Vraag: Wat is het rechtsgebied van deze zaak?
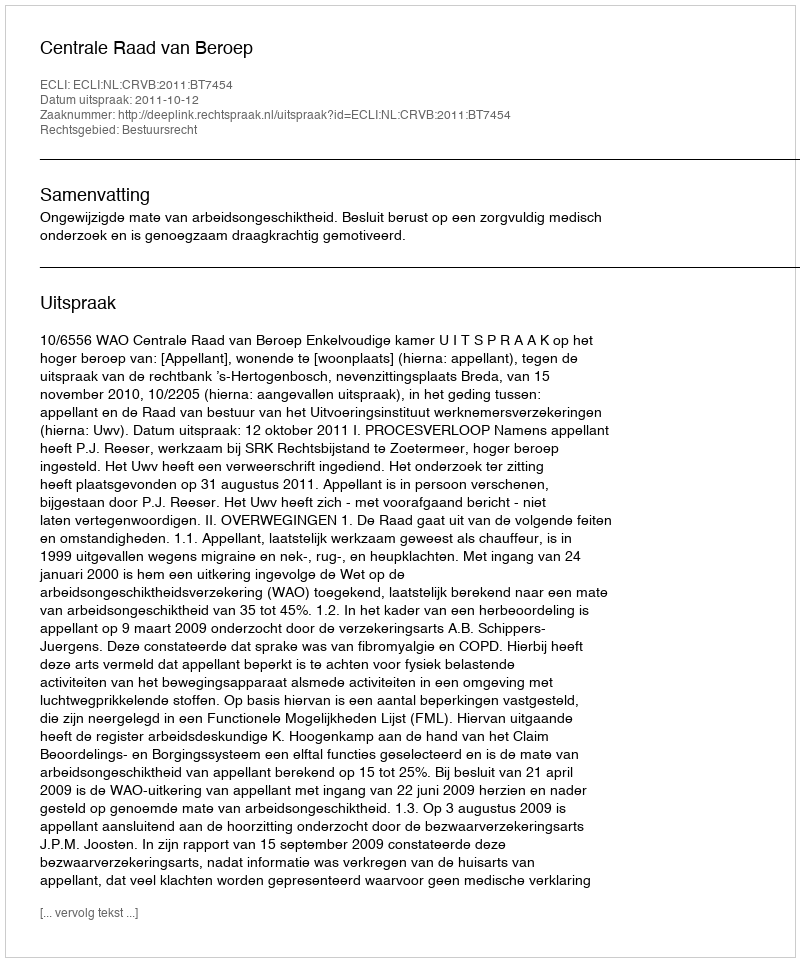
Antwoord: Bestuursrecht